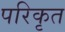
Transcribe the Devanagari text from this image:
परिकृत